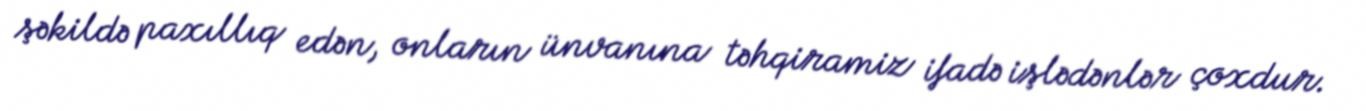
şəkildə paxıllıq edən, onların ünvanına təhqiramiz ifadə işlədənlər çoxdur.